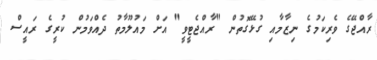
ރާއްޖޭގެ ވެރިކަމުގެ ނިޒާމާއި ގުޅޭގޮތުން "ރާއްޖެޓީވީ" އަށް މައުލޫމާތު ދެއްވަމުން ކުރީގެ ރައީސް